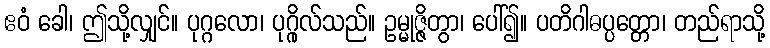
ဧဝံ ခေါ၊ ဤသို့လျှင်။ ပုဂ္ဂလော၊ ပုဂ္ဂိုလ်သည်။ ဥမ္မုဇ္ဇိတွာ၊ ပေါ်၍။ ပတိဂါဓပ္ပတ္တော၊ တည်ရာသို့